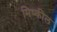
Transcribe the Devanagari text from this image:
मिष्कील